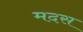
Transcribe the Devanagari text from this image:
मदस